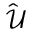
\hat { \mathcal { U } }